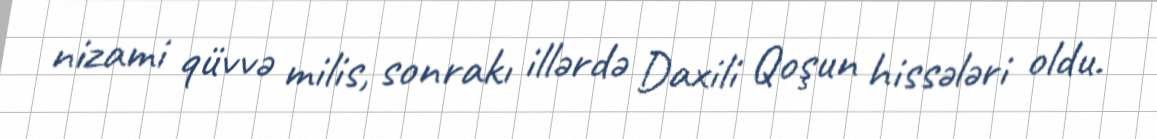
nizami qüvvə milis, sonrakı illərdə Daxili Qoşun hissələri oldu.